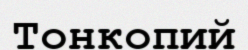
Тонкопий